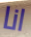
انا